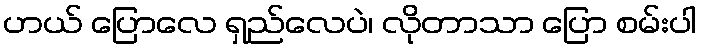
ဟယ် ပြောလေ ရှည်လေပဲ၊ လိုတာသာ ပြော စမ်းပါ